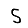
Digit: 5